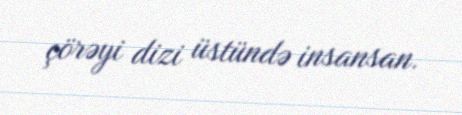
çörəyi dizi üstündə insansan.